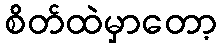
စိတ်ထဲမှာတော့